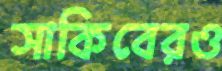
সাকিবেরও